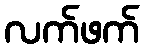
လက်ဖက်